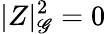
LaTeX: |Z|_{\mathscr{G}}^{2}=0